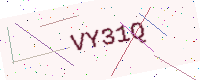
Text: VY31Q